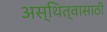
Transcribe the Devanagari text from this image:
अस्थित्वासाठी